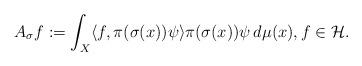
LaTeX: \begin{align*}A_{\sigma}f := \int_X \langle f, \pi(\sigma(x))\psi \rangle \pi(\sigma(x))\psi\,d\mu(x), f \in \mathcal{H}.\end{align*}